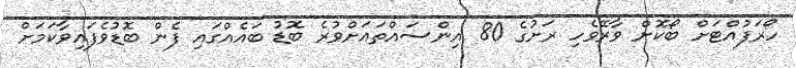
ހޯރަފުއްޓަށް ބޯކޮށް ވާރޭވެހި ރަށުގެ 80 އިންސައްތައަށްވުރެ ބޮޑު ބައެއްގައި ފެން ބޮޑުވެފައިވާކަމަށް